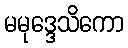
မမုဒ္ဒေသိကော